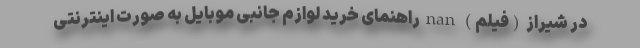
در شيراز (فیلم) nan راهنمای خرید لوازم جانبی موبایل به صورت اینترنتی